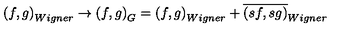
\left( f , g \right) _ { W i g n e r } \rightarrow \left( f , g \right) _ { G } = \left( f , g \right) _ { W i g n e r } + \overline { { \left( s f , s g \right) } } _ { W i g n e r }